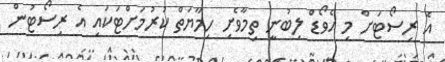
އެ ރިސޯޓަށް މި އެވޯޑް ލިބުނީ ތިމާވެށި ހިމާޔަތް ކުރުމަށްޓަކައި އެ ރިސޯޓުން